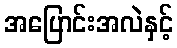
အပြောင်းအလဲနှင့်